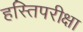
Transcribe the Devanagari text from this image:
हस्तिपरीक्षा